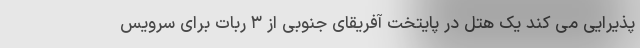
پذیرایی می کند یک هتل در پایتخت آفریقای جنوبی از ۳ ربات برای سرویس